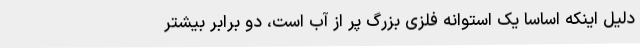
دلیل اینکه اساسا یک استوانه فلزی بزرگ پر از آب است،‌ دو برابر بیشتر